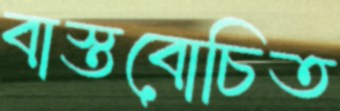
বাস্তবোচিত